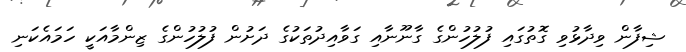
ޝިފާން ވިދާޅުވި ގޮތުގައި ފުލުހުންގެ ގާނޫނާއި ގަވާއިދުތަކުގެ ދަށުން ފުލުހުންގެ ޒިންމާއަކީ ހަމައެކަނި